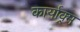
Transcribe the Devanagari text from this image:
कार्याक्र्म